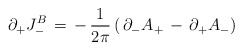
\begin{align*}\partial_+ J^B_- \, =\,- \,{1\over{2\pi }}\, (\, \partial_- A_+\,-\,\partial_+ A_- )\end{align*}